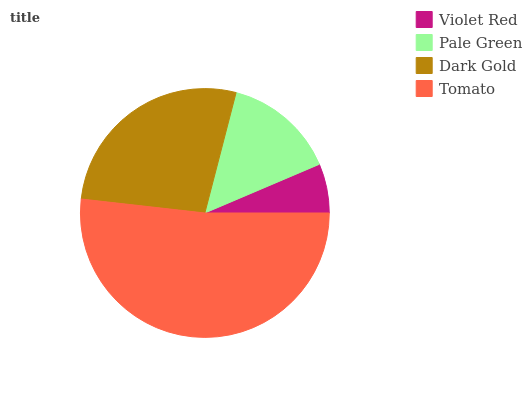
| Violet Red | Pale Green | Dark Gold | Tomato |
 | --- | --- | --- | --- |
 | 6.4% | 14.6% | 27.2% | 51.8% |